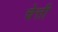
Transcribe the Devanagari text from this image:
चेत्ती